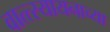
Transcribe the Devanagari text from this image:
वात्त्स्यायनाच्या